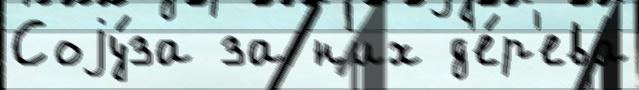
Соjу́за за н'их д'е́р'ева